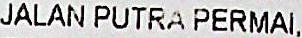
JALAN PUTRA PERMAI,